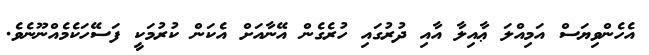
އެހެންވިޔަސް އަމިއްލަ ޢާއިލާ އާއި ދުރުގައި ހުރެގެން އޭނާއަށް އެކަން ކުރުމަކީ ފަސޭހަކެމެއްނޫނެވެ.